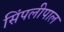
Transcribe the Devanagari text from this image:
सिंपलीपाल